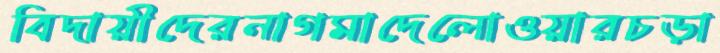
বিদায়ীদেরনাগমাদেলোওয়ারচড়া